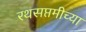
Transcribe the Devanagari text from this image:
रथसप्तमीच्या